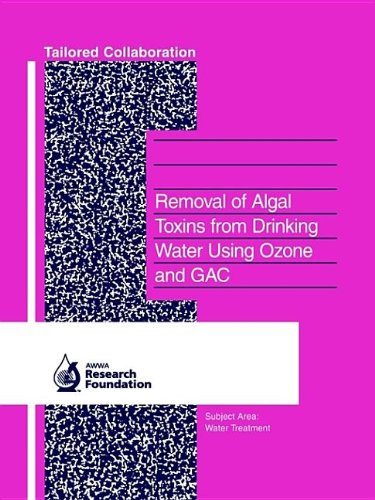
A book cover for Removal of Algal Toxins from Drinking Water Using Ozone and Gac; Gayle Newcombe; Science & Math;